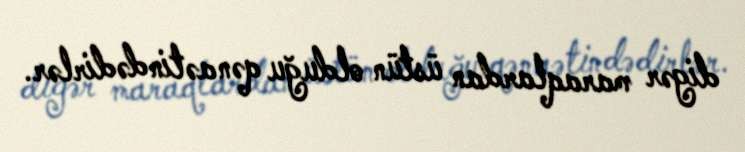
digər maraqlardan üstün olduğu qənaətindədirlər.